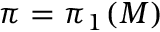
\pi = \pi _ { 1 } ( M )